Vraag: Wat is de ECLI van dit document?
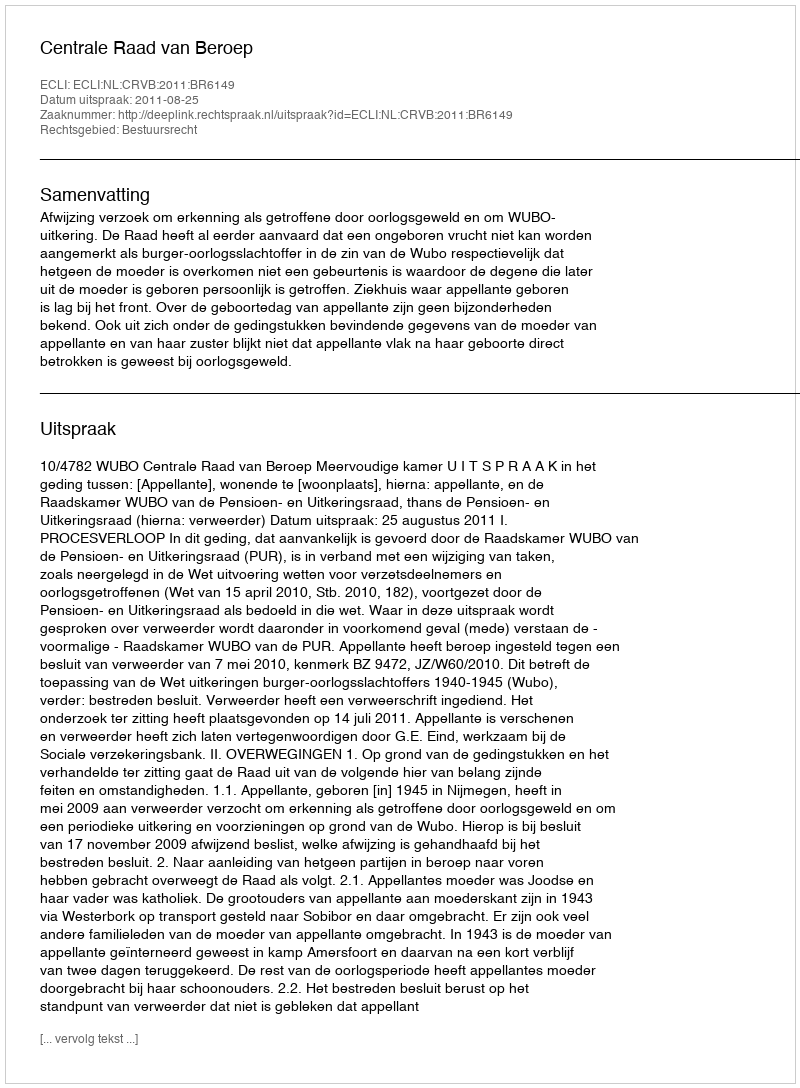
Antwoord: ECLI:NL:CRVB:2011:BR6149